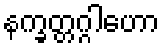
နက္ခတ္တဂ္ဂါဟော